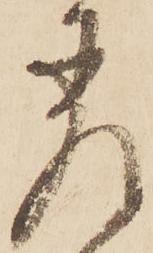
差